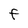
Character: F